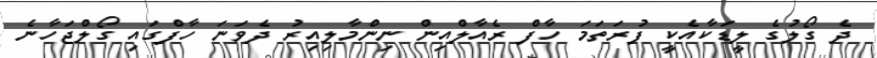
ދެ ގޯލުގެ ލީޑަކާއެކީ ފުރަތަމަ ހާފް ރެއާލްއިން ނިންމާލިއިރު ދެވަނަ ހާފްގައި ގޯލްޖަހާނެ